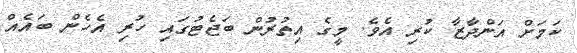
ކަމަށް އަންދާޒާ ކުރި އެވެ. މީގެ އިތުރުން ބަޖެޓުގައި ހުރި އެހެން ބައެއް